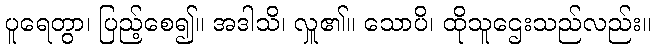
ပူရေတွာ၊ ပြည့်စေ၍။ အဒါသိ၊ လှူ၏။ သောပိ၊ ထိုသူဌေးသည်လည်း။